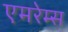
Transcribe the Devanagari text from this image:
एमरेम्स